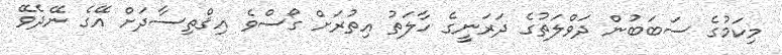
މިކަމުގެ ސަބަބުން ދަވްލަތުގެ ދަރަނީގެ ހާލަތު އިތުރަށް ގޯސްވެ އިޤްތިސާދަށް އޭގެ ނޭދެވޭ